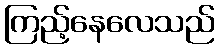
ကြည့်နေလေသည်